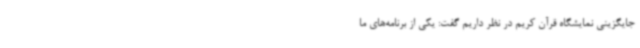
جایگزینی نمایشگاه قرآن کریم در نظر داریم گفت: یکی از برنامه‌های ما